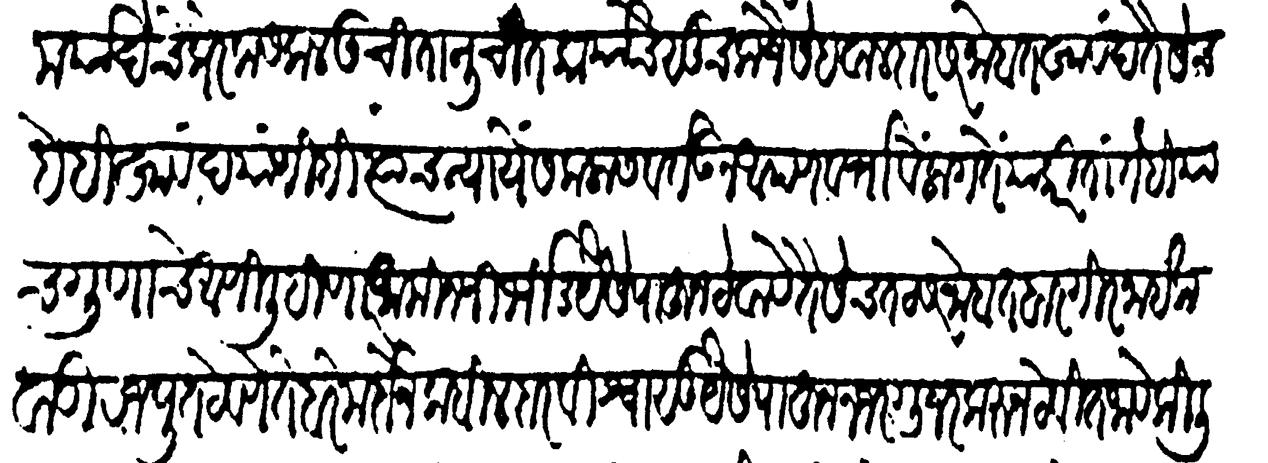
Transliteration (Devanagari): मर्यादेचे प्रेरक सकल उचितानुचित कायचि सूचक जैसे हवालदार सरनोबत खावंद तैसेच हे हि खावंद यांणींही त्याच न्यायें सकलास वर्तऊन आपण वतविं लागते याकरिता तेही याच गुणाचे आणि लिहिणार आमीन निर्भीड यैसे पाहून ठेवावे तैसेंच तटसरनोबत बारगीर नाईक वाडी रजपूत ठेवणें ते बरे मर्दाने कबीलदार विश्वासू यैसे पाहून नजर गुजर करुन ठेवीत जावे किलियास